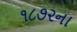
૧૮૭૨ના